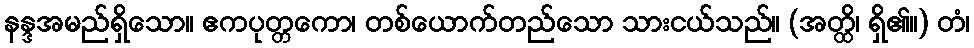
နန္ဒအမည်ရှိသော။ ဧကပုတ္တကော၊ တစ်ယောက်တည်သော သားငယ်သည်။ (အတ္ထိ၊ ရှိ၏။) တံ၊